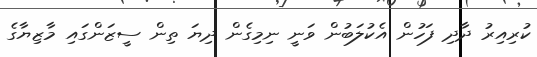
ކުރިއިރު ދާދި ފަހުން އެކުލަބުން ވަނީ ނިމިގެން ދިޔަ ތިން ސީޒަންގައި މާޒިޔާގެ